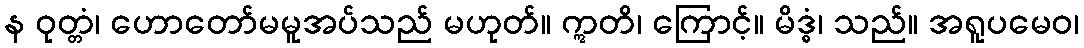
န ဝုတ္တံ၊ ဟောတော်မမူအပ်သည် မဟုတ်။ ဣတိ၊ ကြောင့်။ မိဒ္ဓံ၊ သည်။ အရူပမေဝ၊